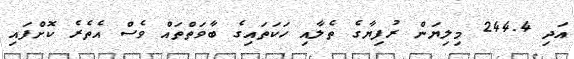
އަދި 244.4 މިލިޔަން ރުފިޔާގެ ތެލާއި ހަކަތައިގެ ބާވަތްތައް ވެސް އެތެރެ ކޮށްފައި